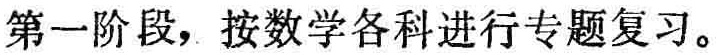
第一阶段，按数学各科进行专题复习。